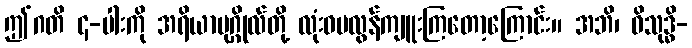
ဤဂတိ ၄-ပါးကို အရိယာပုဂ္ဂိုလ်တို့ လုံးဝမလွန်ကျူးကြတော့ကြောင်း။ အဘိ၊ ဝိသုဒ္ဓိ-